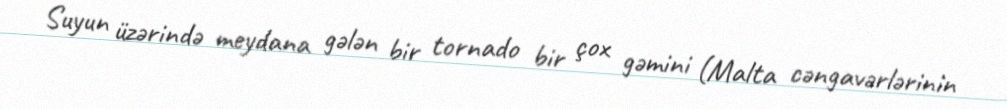
Suyun üzərində meydana gələn bir tornado bir çox gəmini (Malta cəngavərlərinin